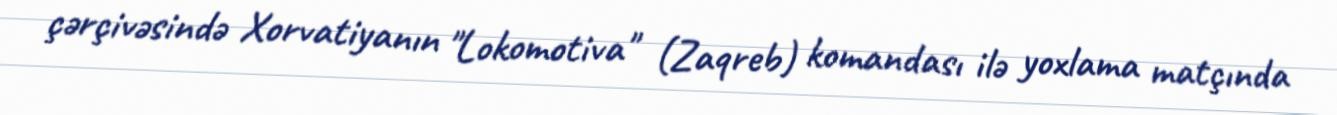
çərçivəsində Xorvatiyanın "Lokomotiva" (Zaqreb) komandası ilə yoxlama matçında